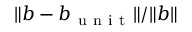
\| \boldsymbol { b } - \boldsymbol { b } _ { \mathrm { ~ u ~ n ~ i ~ t ~ } } \| / \| \boldsymbol { b } \|